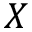
X